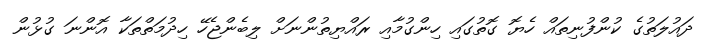
ދައުލަތުގެ ކުންފުނިތައް ހެޔޮ ގޮތުގައި ހިންގުމާއި ރައްޔިތުންނަށް ލިބެންޖެހޭ ހިދުމަތްތަކާ އޮންނަ ގުޅުން